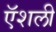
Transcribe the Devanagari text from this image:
ऍशली